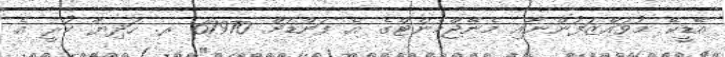
އޭޑީކޭ މުވައްޒަފުންނާއި މެނޭޖްމެންޓްގެ އެ ފަންޑަށް 67970 ރ. ހަދިޔާ ކުރީ އެ